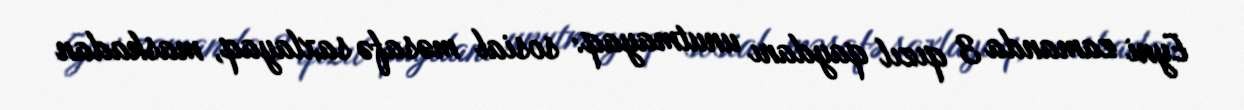
Eyni zamanda 3 qızıl qaydanı unutmayaq: sosial məsafə saxlayaq, maskadan